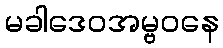
မခါဒေဝအမ္ဗဝနေ